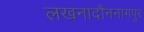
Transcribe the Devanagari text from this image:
लखनादौननागपुर